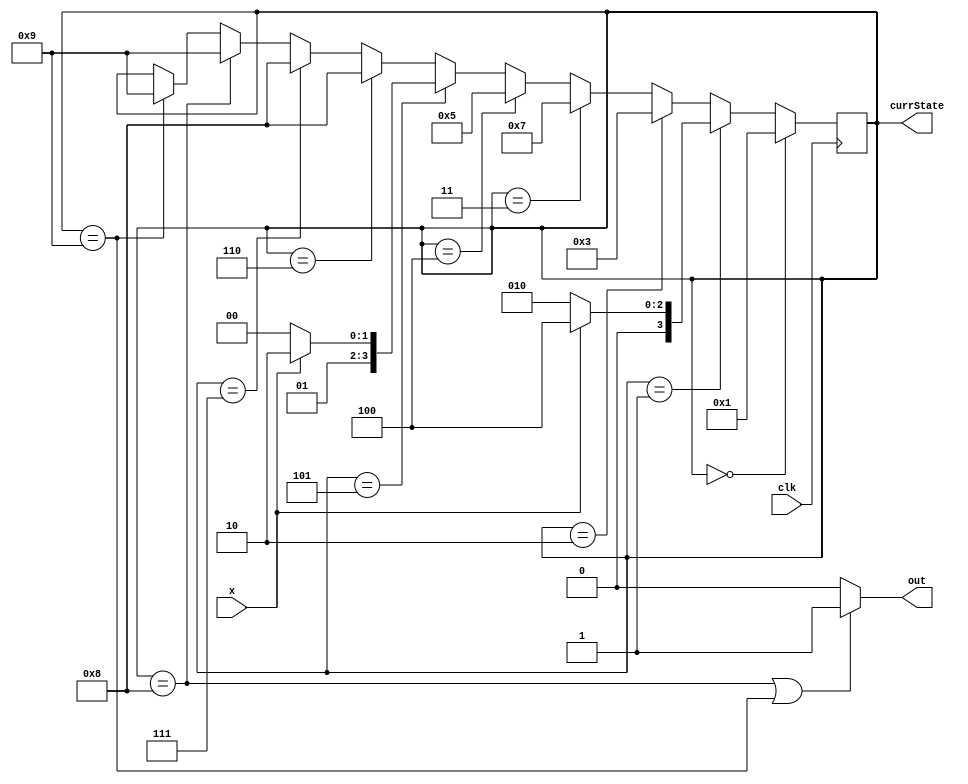
module lab6_2(out, currState, x, clk);

output reg out;
input x, clk;

//coze bin(9) = 0b1001;
reg [3:0] State0 = 0, State1 = 1, State2 = 2,
		State3 = 3, State4 = 4, State5 = 5, 
		State6 = 6, State7 = 7, State8 = 8,
			    State9 = 9;

output reg[3:0] currState = 2;

always @ (posedge clk)
begin
	case(currState)
	State0:
		currState = State1;
	State1:
		if (x == 1)
			currState = State4;
		else 
			currState = State2;
	State2: 
		currState = State3;
	State3:
		currState = State7;
	State4:
		currState = State5;
	State5: 
		if (x == 1) 
			currState = State6;
		else
			currState = State4;
	State6:
		currState = State8;
	State7:
		currState = State8;
	State8:
		currState = State9;	
	State9:
		currState = State9; //compile error avoid
	endcase
end

always @ (currState) 
begin
	if (currState == State8 || currState == State9) 
		out = 1'b1;
	else 
		out = 1'b0;
end

endmodule